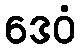
ဒေဝံ